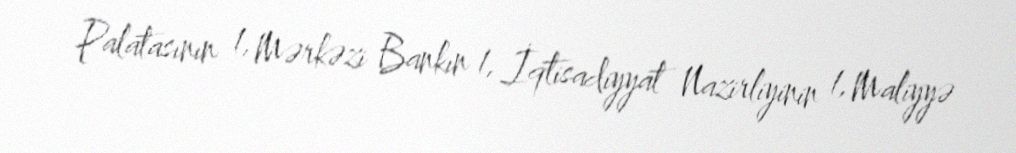
Palatasının 1, Mərkəzi Bankın 1, İqtisadiyyat Nazirliyinin 1, Maliyyə